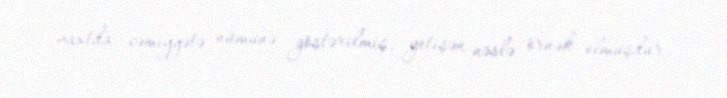
vaxtda cəmiyyətə nümunə göstərilmiş, yetişən nəslə örnək olmuşdur.